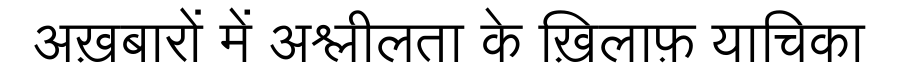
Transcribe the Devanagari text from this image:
अख़बारों में अश्लीलता के ख़िलाफ़ याचिका